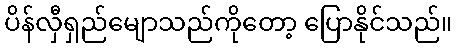
ပိန်လှီရှည်မျောသည်ကိုတော့ ပြောနိုင်သည်။